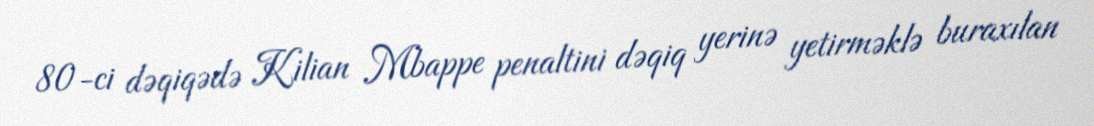
80-ci dəqiqədə Kilian Mbappe penaltini dəqiq yerinə yetirməklə buraxılan